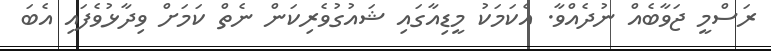
ރަސްމީ ޖަވާބެއް ނުދެއްވާ. އެކަމަކު މީޑިއާގައި ޝައުގުވެރިކަން ނެތް ކަމަށް ވިދާޅުވެފައި އެބަ